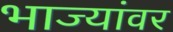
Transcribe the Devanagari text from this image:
भाज्यांवर